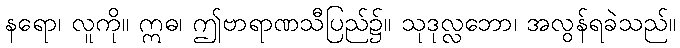
နရော၊ လူကို။ ဣဓ၊ ဤဗာရာဏသီပြည်၌။ သုဒုလ္လဘော၊ အလွန်ရခဲသည်။